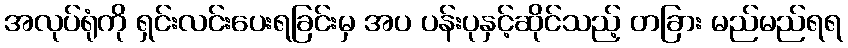
အလုပ်ရုံကို ရှင်းလင်းပေးရခြင်းမှ အပ ပန်းပုနှင့်ဆိုင်သည့် တခြား မည်မည်ရရ